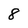
Character: 8